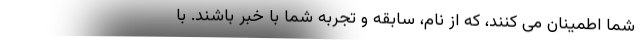
شما اطمینان می کنند، که از نام، سابقه و تجربه شما با خبر باشند. با